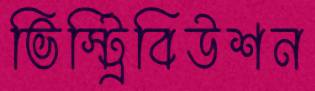
ভিস্ট্রিবিউশন